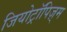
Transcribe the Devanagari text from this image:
जियोट्रॉपिज़्म